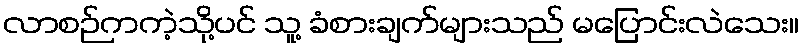
လာစဉ်ကကဲ့သို့ပင် သူ့ ခံစားချက်များသည် မပြောင်းလဲသေး။